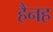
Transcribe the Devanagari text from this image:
हैनह